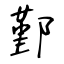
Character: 鄞